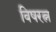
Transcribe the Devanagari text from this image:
विषरत्न